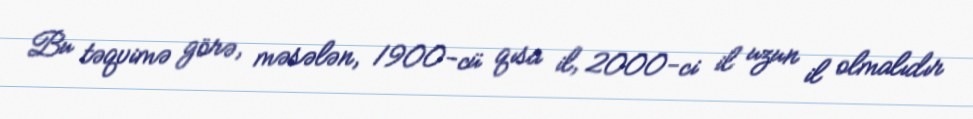
Bu təqvimə görə, məsələn, 1900-cü qısa il, 2000-ci il uzun il olmalıdır